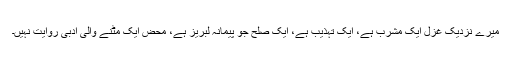
میرے نزدیک غزل ایک مشرب ہے، ایک تہذیب ہے، ایک صلح جو پیمانہ لبریز ہے، محض ایک مٹنے والی ادبی روایت نہیں۔